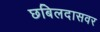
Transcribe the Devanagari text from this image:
छबिलदासवर